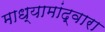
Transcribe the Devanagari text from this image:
माध्यामांद्वारा